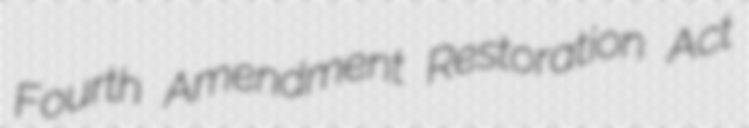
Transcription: Fourth Amendment Restoration Act